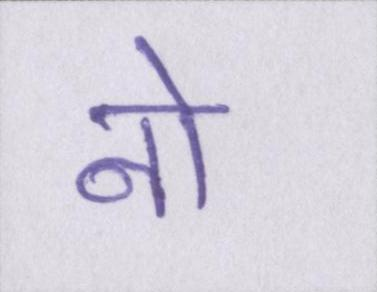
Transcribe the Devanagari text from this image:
नो